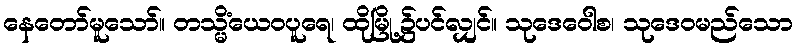
နေတော်မူသော်။ တသ္မိံယေဝပူရေ၊ ထိုမြို့၌ပင်လျှင်။ သုဒေဝေါစ၊ သုဒေဝမည်သော